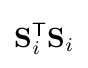
\mathbf {S} _{i}^{\textsf {T}}\mathbf {S} _{i}